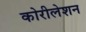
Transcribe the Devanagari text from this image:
कोरीलेशन